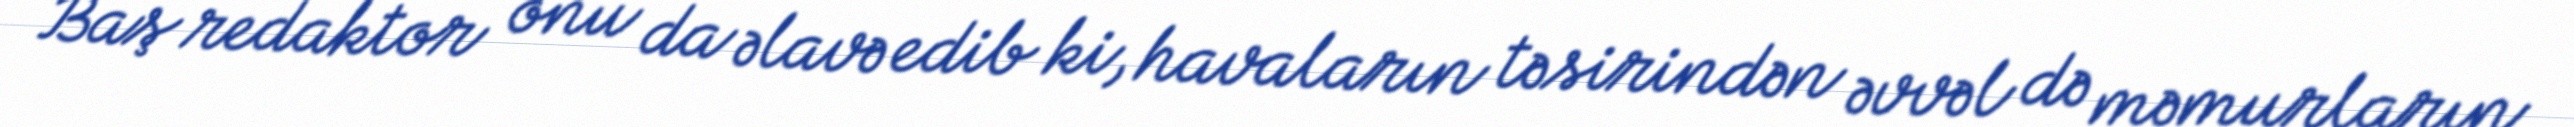
Baş redaktor onu da əlavə edib ki, havaların təsirindən əvvəl də məmurların